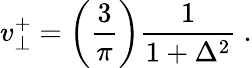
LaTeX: v_{\perp}^{+}=\left({\frac{3}{\pi}}\right){\frac{1}{1+\Delta^{2}}}\ .